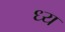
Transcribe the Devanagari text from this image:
ध्य